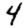
Digit: 4